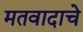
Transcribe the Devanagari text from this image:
मतवादाचे